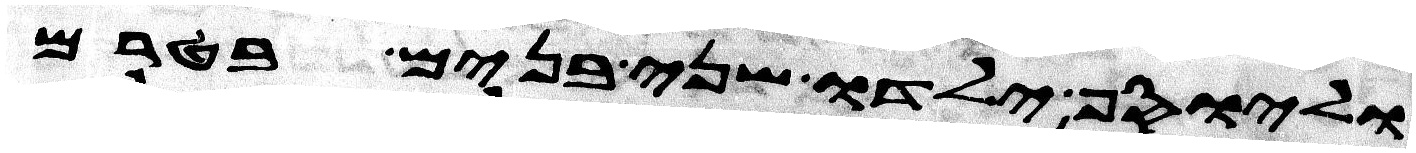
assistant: וליוסף ילדו שני בנים בטרם